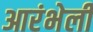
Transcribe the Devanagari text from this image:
आरंभेली